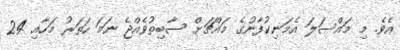
އެވެ. މި މައްސަލަ އެމަނިކުފާނުގެ މައްޗަށް ސާބިތުވެއްޖެ ނަމަ ހަތަރު މަހާއި 24